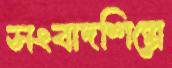
সংবাদশিল্পে